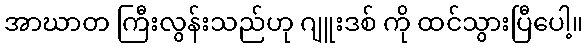
အာဃာတ ကြီးလွန်းသည်ဟု ဂျူးဒစ် ကို ထင်သွားပြီပေါ့။